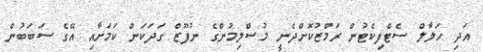
އަދި ހަލާލް ސެޓްފިކެޓުން ރަމްޒުކޮށްދެނީ މުސްލިމުންގެ ނުފޫޒް ގަދަކަން ކަމަށާއި އޭގެ ސަބަބުން